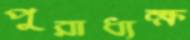
পুরাধ্যক্ষ